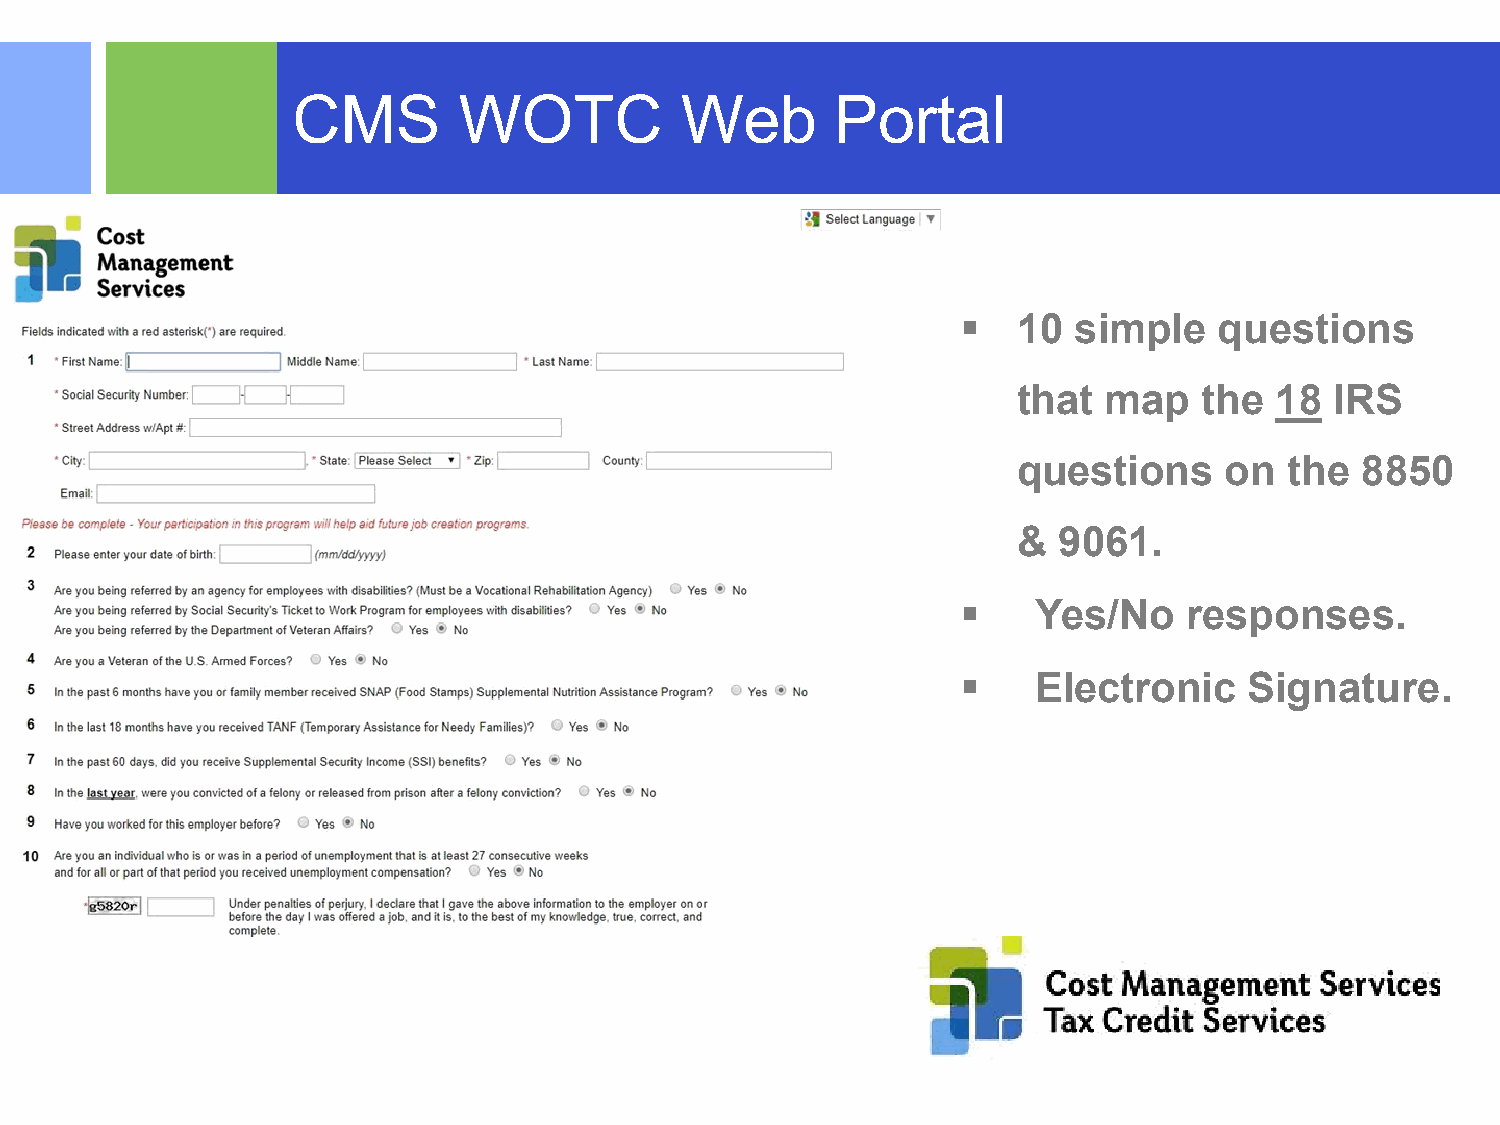
CMS        WOTC           Web       Portal
 
        10  simple    questions
        that  map    the 18  IRS
        questions     on  the  8850
        &  9061.
         Yes/No    responses.
 
 Electronic    Signature.
 ©2015 RSM US LLP. All RightsReserved.